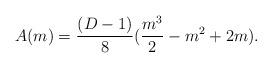
LaTeX: \begin{align*}A(m)=\frac{(D-1)}{8}(\frac{m^{3}}{2}-m^{2}+2m).\end{align*}